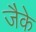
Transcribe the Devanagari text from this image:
जैके